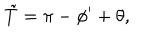
LaTeX: \tilde { T } = \pi - \phi ^ { \prime } + \theta ,